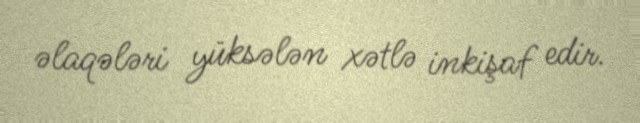
əlaqələri yüksələn xətlə inkişaf edir.